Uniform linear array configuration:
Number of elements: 12
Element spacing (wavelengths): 1
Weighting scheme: hann
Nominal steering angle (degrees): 30
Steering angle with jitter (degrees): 31.129
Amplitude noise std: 0.05
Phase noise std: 0.05

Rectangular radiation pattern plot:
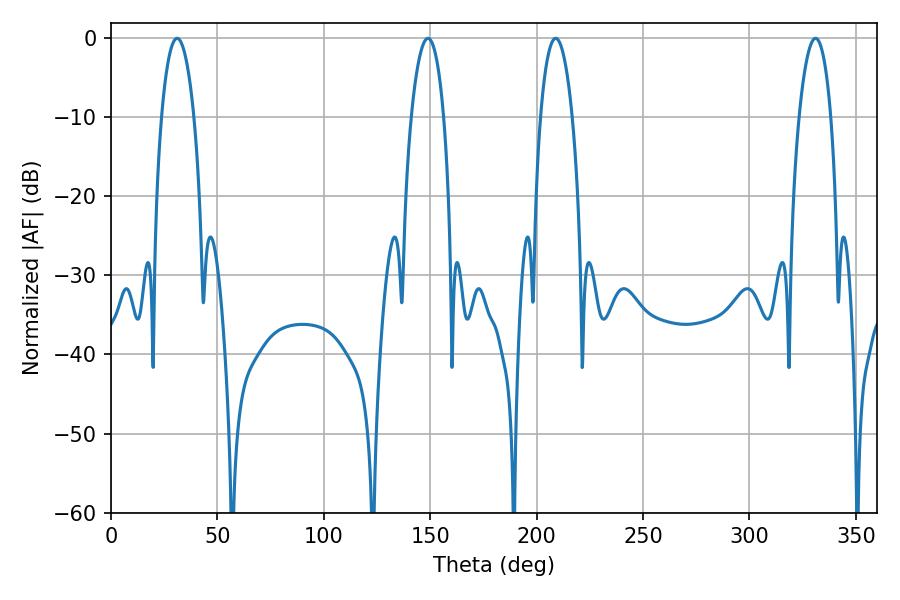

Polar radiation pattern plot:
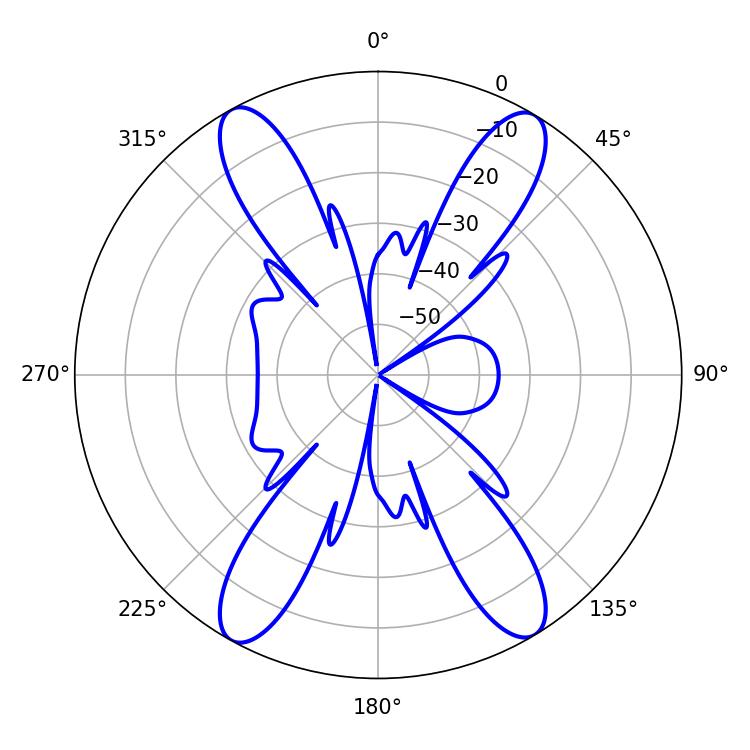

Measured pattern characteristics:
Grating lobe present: TRUE
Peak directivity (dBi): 21.845
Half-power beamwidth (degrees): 8.46
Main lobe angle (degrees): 208.98